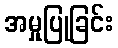
အမှုပြုခြင်း